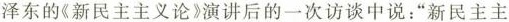
泽东的《新民主主义论》演讲后的一次访谈中说：”新民主主